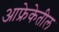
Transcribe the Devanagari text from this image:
आफ्रेकेतील